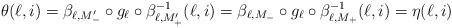
LaTeX: \begin{align*}\theta(\ell,i)=\beta_{\ell,M_-'}\circ g_\ell \circ \beta_{\ell,M_+'}^{-1}(\ell,i)=\beta_{\ell,M_-}\circ g_\ell \circ \beta_{\ell,M_+}^{-1}(\ell,i)=\eta(\ell,i) \end{align*}